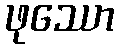
ဖုဿော